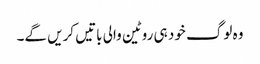
وہ لوگ خود ہی روٹین والی باتیں کریں گے۔